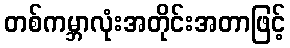
တစ်ကမ္ဘာလုံးအတိုင်းအတာဖြင့်